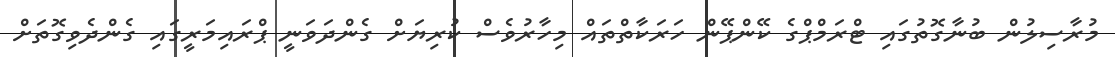
މުރާސިލުން ބުނާގޮތުގައި ޓްރަމްޕްގެ ކޭންޕޭން ހަރަކާތްތައް މިހާރުވެސް ކުރިޔަށް ގެންދަވަނީ ޕްރައިމަރީގައި ގެންދެވިގޮތަށް